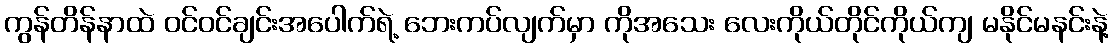
ကွန်တိန်နာထဲ ဝင်ဝင်ချင်းအပေါက်ရဲ့ ဘေးကပ်လျက်မှာ ကိုအသေး လေးကိုယ်တိုင်ကိုယ်ကျ မနိုင်မနင်းနဲ့